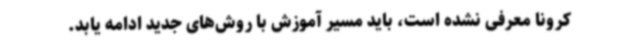
کرونا معرفی نشده است، باید مسیر آموزش با روش‌های جدید ادامه یابد.